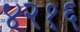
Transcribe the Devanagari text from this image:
४२१६